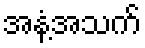
အနံ့အသက်